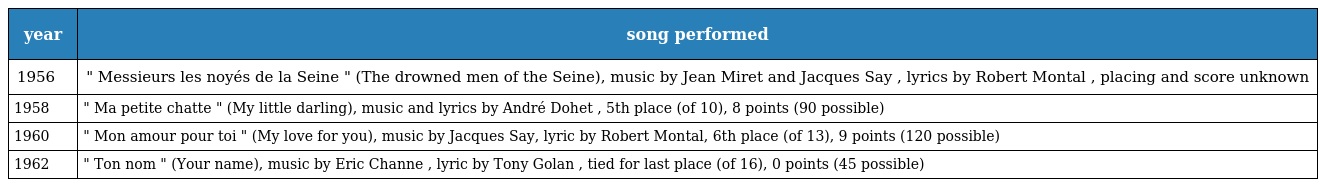
| year | song performed |
 | --- | --- |
 | 1956 | " Messieurs les noyés de la Seine " (The drowned men of the Seine), music by Jean Miret and Jacques Say , lyrics by Robert Montal , placing and score unknown |
 | 1958 | " Ma petite chatte " (My little darling), music and lyrics by André Dohet , 5th place (of 10), 8 points (90 possible) |
 | 1960 | " Mon amour pour toi " (My love for you), music by Jacques Say, lyric by Robert Montal, 6th place (of 13), 9 points (120 possible) |
 | 1962 | " Ton nom " (Your name), music by Eric Channe , lyric by Tony Golan , tied for last place (of 16), 0 points (45 possible) |